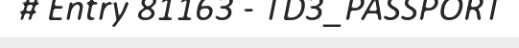
# Entry 81163 - TD3_PASSPORT